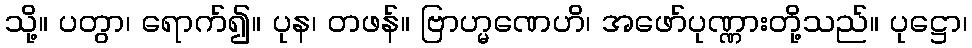
သို့။ ပတွာ၊ ရောက်၍။ ပုန၊ တဖန်။ ဗြာဟ္မဏေဟိ၊ အဖော်ပုဏ္ဏားတို့သည်။ ပုဋ္ဌော၊